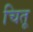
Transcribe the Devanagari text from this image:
चितू